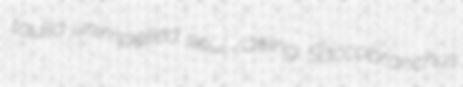
taulia unimpelled soul-raising Saccobranchus